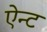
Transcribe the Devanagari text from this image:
ऐन्ट